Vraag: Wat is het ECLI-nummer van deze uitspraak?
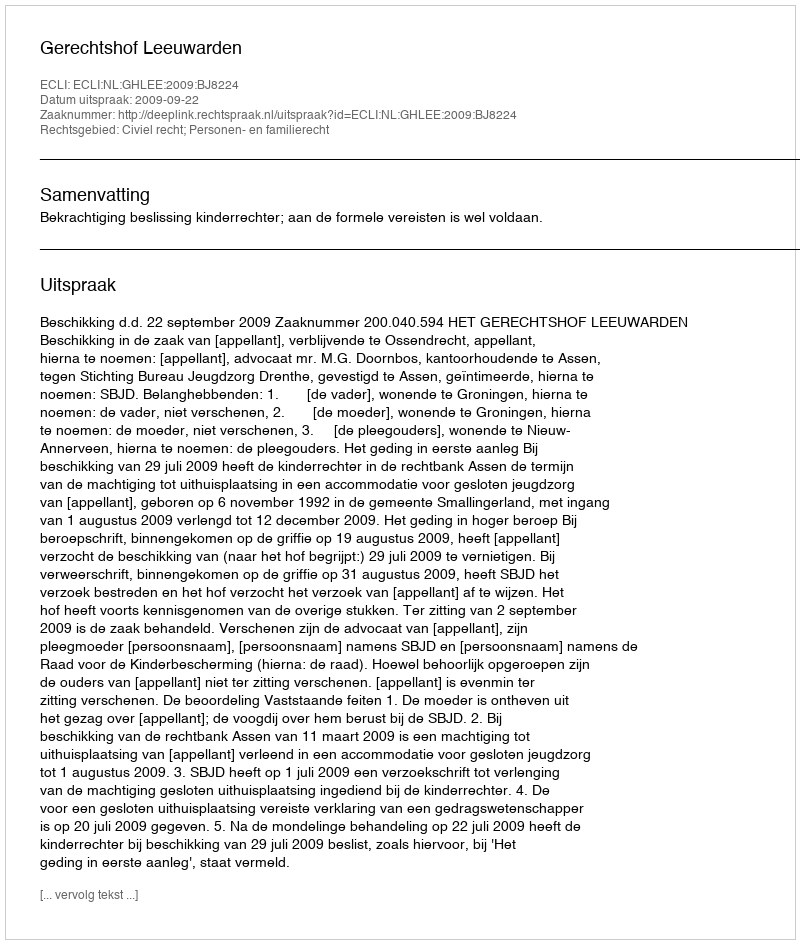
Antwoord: ECLI:NL:GHLEE:2009:BJ8224